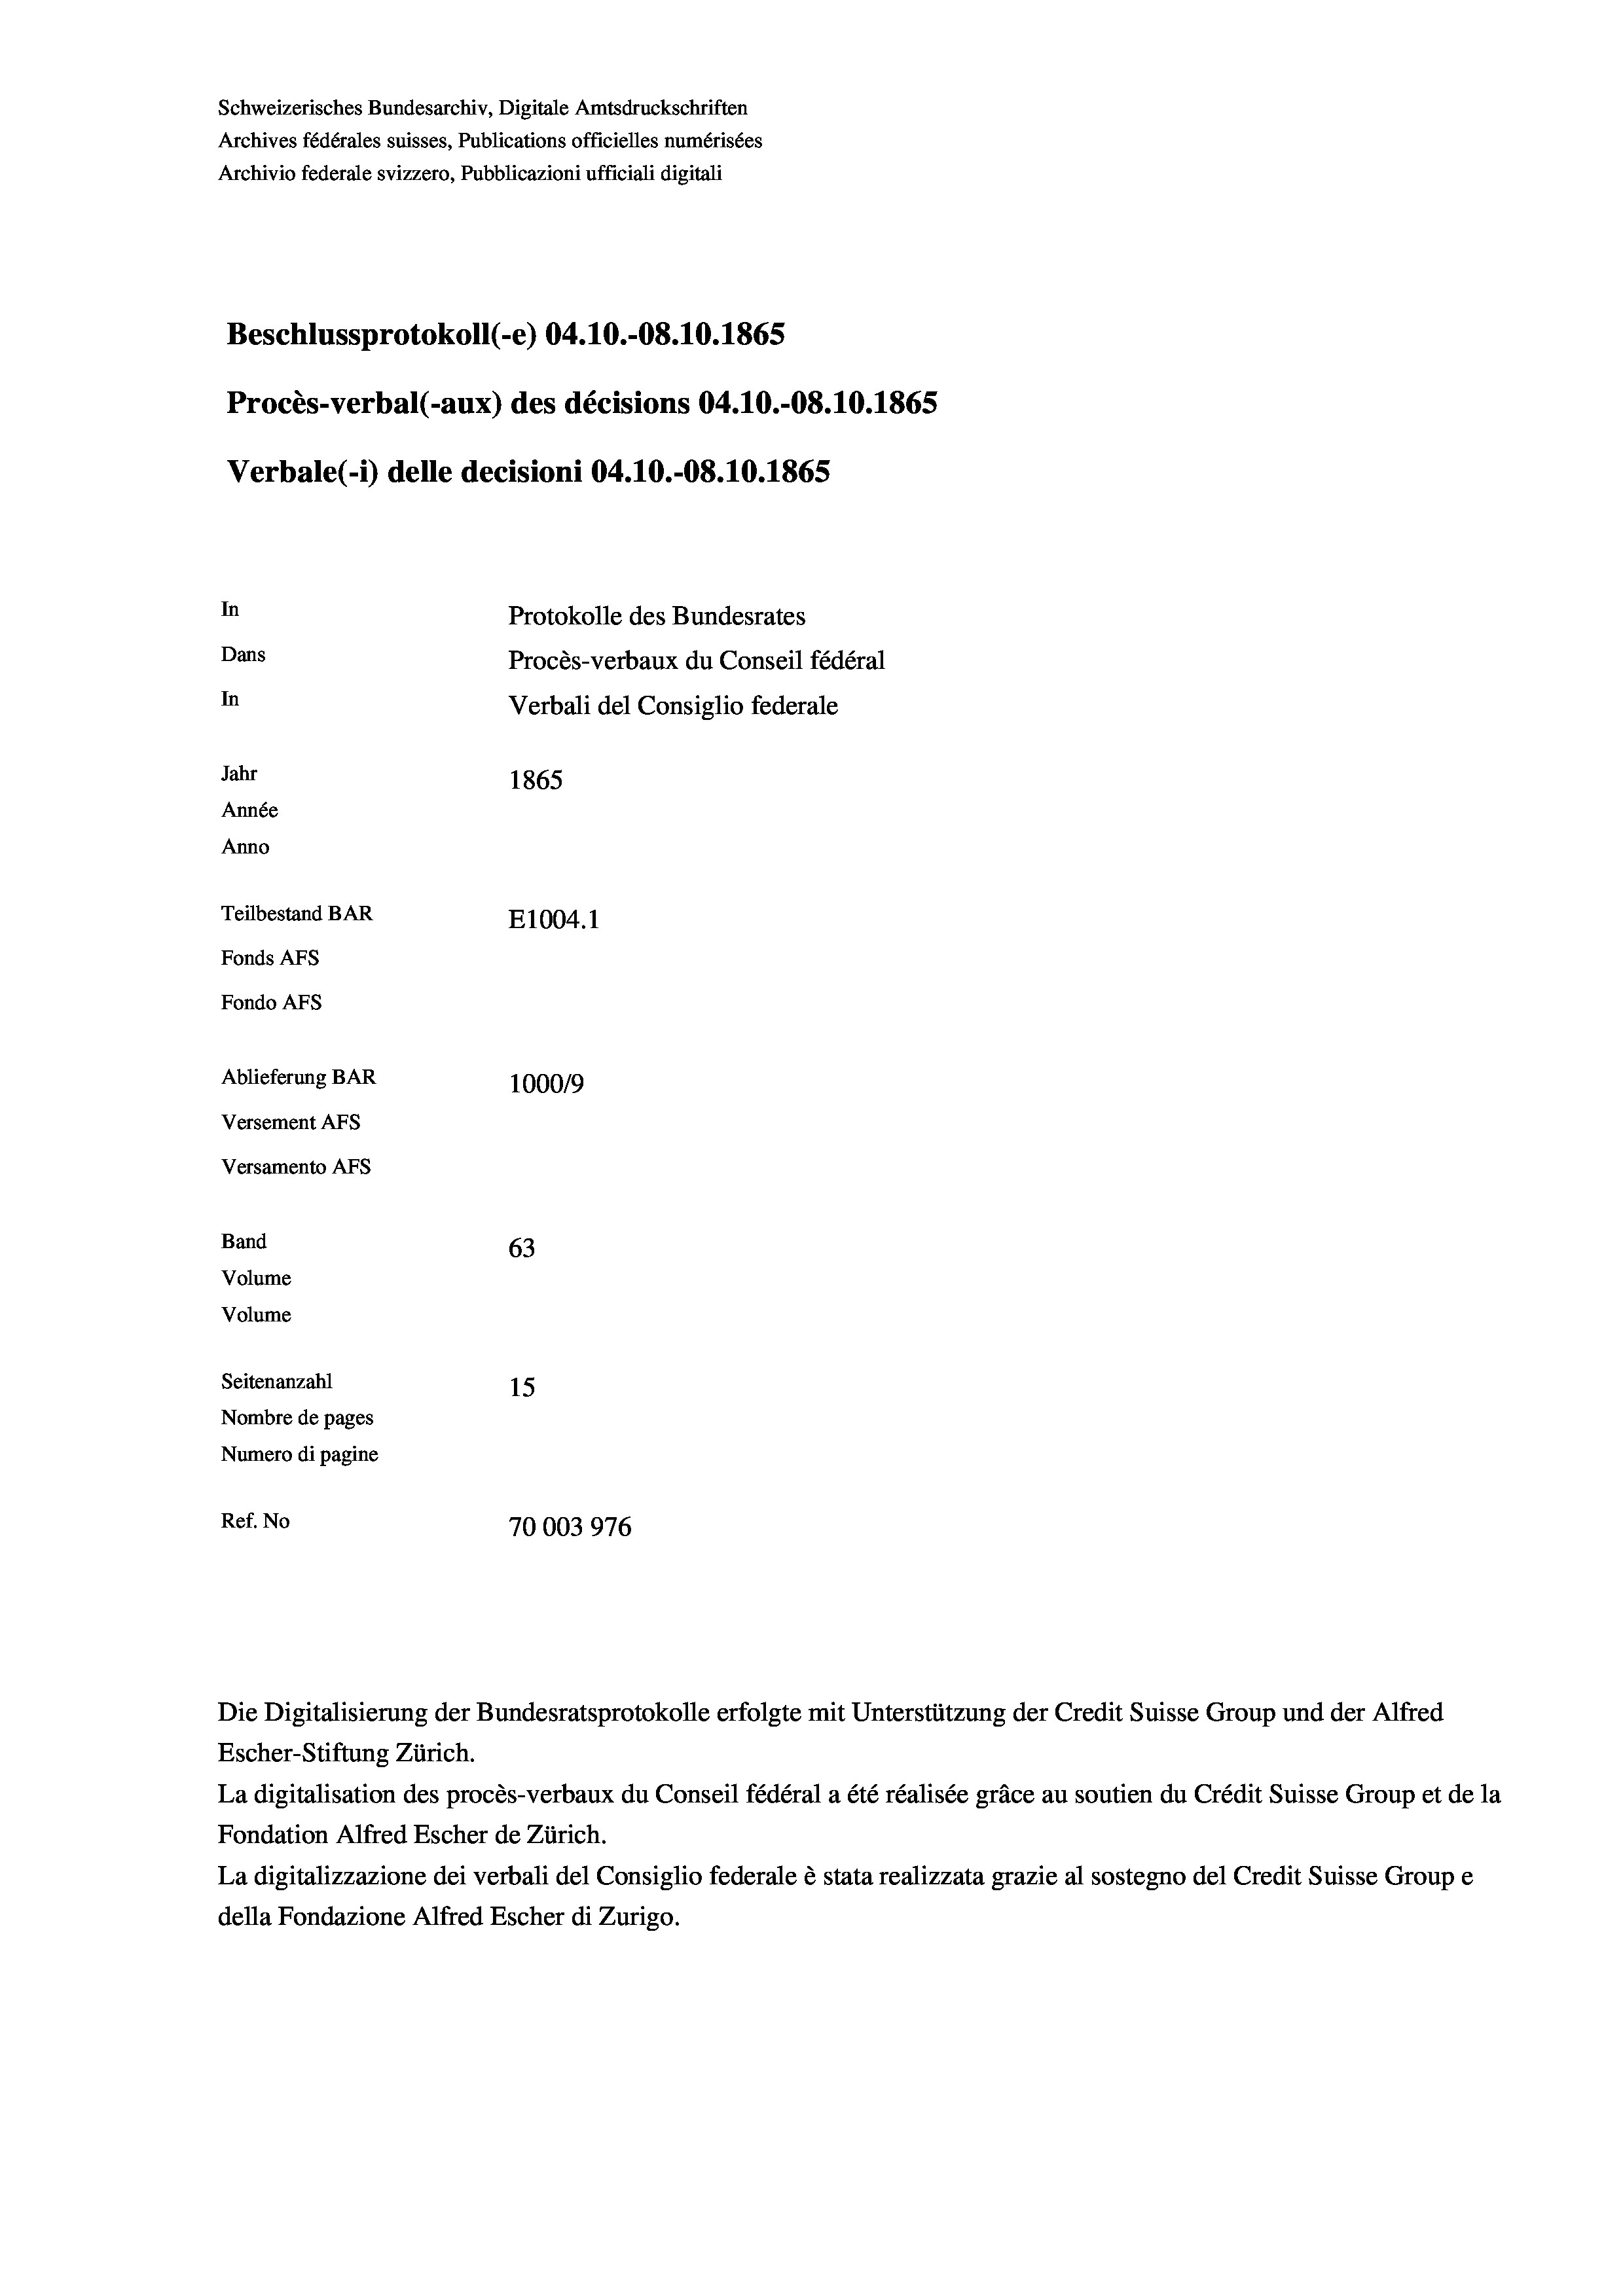
Schweizerisches Bundesarchiv, Digitale Amtsdruckschriften
Archives fédérales suisses, Publications officielles numérisées
Archivio federale svizzero, Pubblicazioni ufficiali digitali
Beschlussprotokoll (-e) 04.10.-08. 10. 1865
Procès-verbal (-aux) des décisions 04.10.-O8.10.1865
Verbale(*) delle decisioni 04.10.-O8.10.1865
In
Protokolle des Bundesrates
Dans
Procès-verbaux du Conseil fédéral
In
Verbali del Consiglio federale
Jahr
1865
Année
Anno
Teilbestand BAR
E1004. 1
Fonds AFs
Fondo AFS
Ablieferung BAR
100019
Versement AFs

63
Seitenanzahl
15
Nombre de pages
Numero di pagine
Ref. No
70003976

Versamento Afs
Band
Volume
Volume

Escher-Stiftung Zürich.
La digitalisation des procès-verbaux du Conseil fédéral a été réalisée gräce au soutien du Crédit Suisse Group et de la
Fondation Alfred Escher de Zürich.
La digitalizzazione dei verbali del Consiglio federale è stata realizzata grazie al sostegno del Credit Suisse Groupe
della Fondazione Alfred Escher di Zurigo.

Die Digitalisierung der Bundesratsprotokolle erfolgte mit Unterstützung der Credit Suisse Group und der Alfred